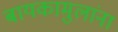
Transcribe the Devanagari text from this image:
बायकामुलांना